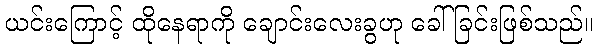
ယင်းကြောင့် ထိုနေရာကို ချောင်းလေးခွဟု ခေါ်ခြင်းဖြစ်သည်။